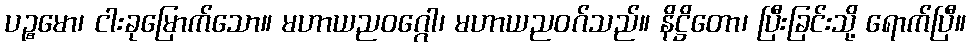
ပဉ္စမော၊ ငါးခုမြောက်သော။ မဟာယညဝဂ္ဂေါ၊ မဟာယညဝဂ်သည်။ နိဋ္ဌိတော၊ ပြီးခြင်းသို့ ရောက်ပြီ။